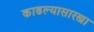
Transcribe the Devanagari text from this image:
काढल्यासारखा